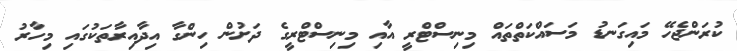
ކުރަންޖެހޭ މައިގަނޑު މަސައްކަތްތައް މިނިސްޓްރީ އާއި މިނިސްޓްރީގެ ދަށުން ހިންގާ އިދާއިރާތަކުގައި މިހާރު